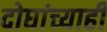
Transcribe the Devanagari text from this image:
दोघांच्‍याही